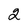
Character: 2